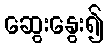
ဆွေးနွေး၍